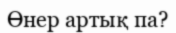
Өнер артық па?